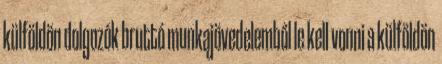
külföldön dolgozók bruttó munkajövedelemből le kell vonni a külföldön